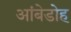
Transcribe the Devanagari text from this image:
आंबेडोह